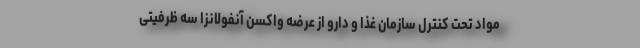
مواد تحت کنترل سازمان غذا و دارو از عرضه واکسن آنفولانزا سه ظرفیتی